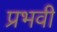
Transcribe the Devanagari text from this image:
प्रभवी